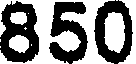
850